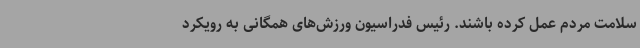
سلامت مردم عمل کرده باشند. رئیس فدراسیون ورزش‌های همگانی به رویکرد